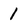
Character: 1